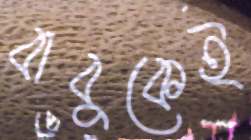
বাবুকেই